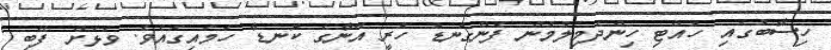
ހިސާބުގައި ހުއްޓި ހިންދެމިލުމުން ފެންގަނޑު ހުރީ އޭނާގެ ކޮނޑާ ހަމައިގައެވެ. ވަޅަށް ފޭބި